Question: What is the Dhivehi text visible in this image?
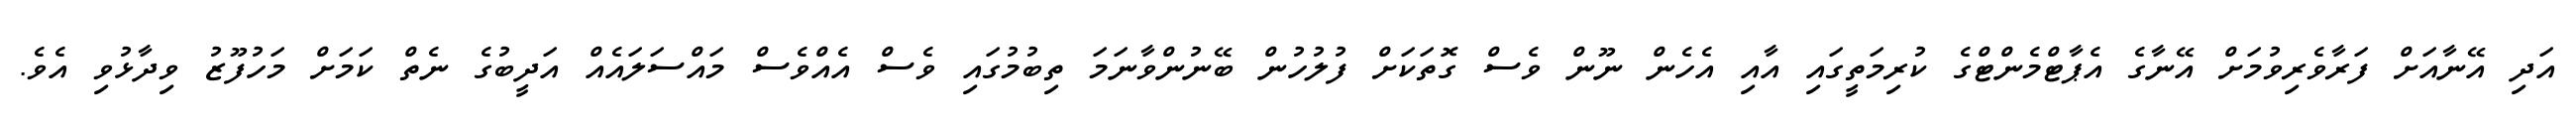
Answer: އަދި އޭނާއަށް ފަރާވެރިވުމަށް އޭނާގެ އެޕާޓްމެންޓްގެ ކުރިމަތީގައި އާއި އެހެން ނޫން ވެސް ގޮތަކަށް ފުލުހުން ބޭނުންވާނަމަ ތިބުމުގައި ވެސް އެއްވެސް މައްސަލައެއް އަދީބުގެ ނެތް ކަމަށް މަހުފޫޒު ވިދާޅުވި އެވެ.